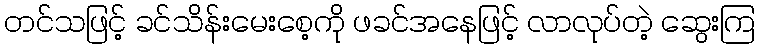
တင်သဖြင့် ခင်သိန်းမေးစေ့ကို ဖခင်အနေဖြင့် လာလုပ်တဲ့ ဆွေးကြ